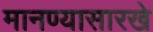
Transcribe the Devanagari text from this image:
मानण्यासारखे